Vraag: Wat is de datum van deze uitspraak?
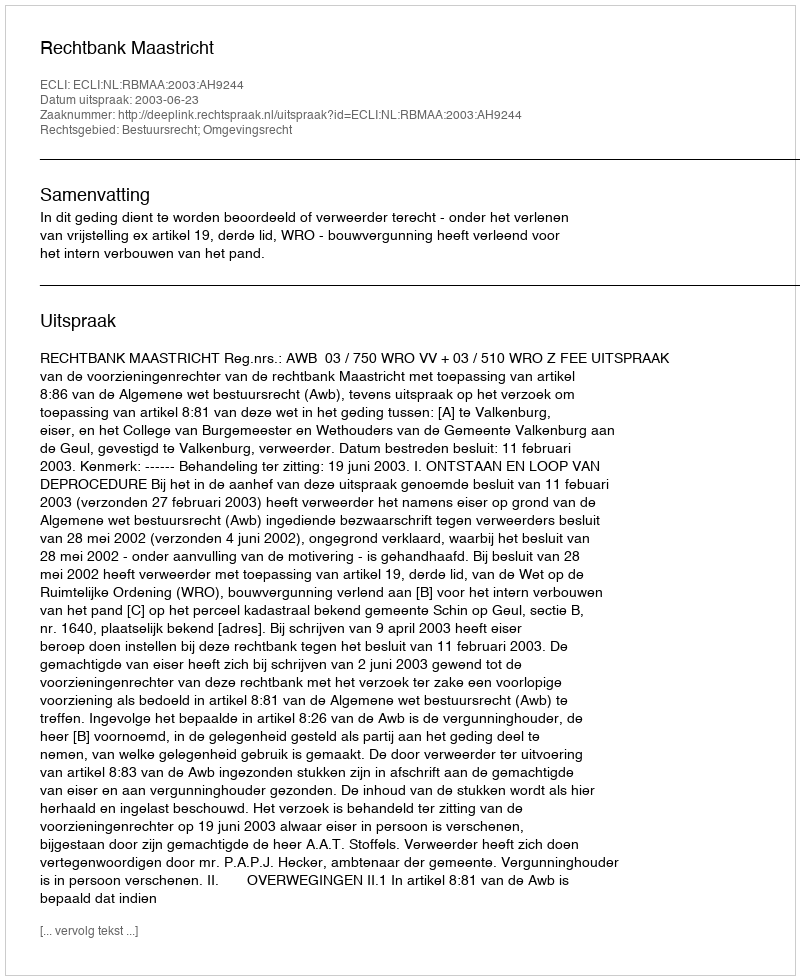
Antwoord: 2003-06-23